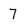
Character: 7